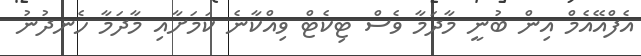
އެފްއޭއެމް އިން ބުނީ މާދަމާ ވެސް ޓިކެޓް ވިއްކާނެ ކަމަށާއި މާދަމާ ހެނދުނު